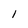
Character: l